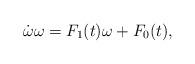
LaTeX: \begin{align*}\dot\omega \omega=F_1(t)\omega+F_0(t) ,\end{align*}